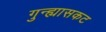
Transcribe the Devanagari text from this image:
गुन्ह्यासकट